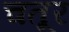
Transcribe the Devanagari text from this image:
चतूर